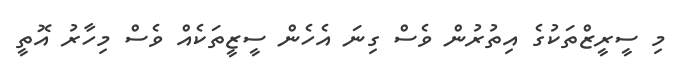
މި ސީރީޒްތަކުގެ އިތުރުން ވެސް ގިނަ އެހެން ސީޒީތަކެއް ވެސް މިހާރު އޮތީ